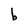
Character: b